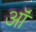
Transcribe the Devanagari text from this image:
ऑं